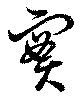
実